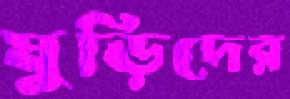
ঘুড়িদের